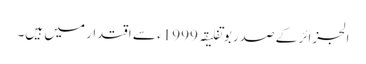
الجزائر کے صدر بوتفلیقہ 1999ء سے اقتدار میں ہیں۔